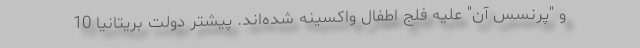
و "پرنسس آن" علیه فلج اطفال واکسینه شده‌اند. پیشتر دولت بریتانیا 10